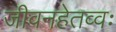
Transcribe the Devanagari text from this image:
जीवनहेतव्वः